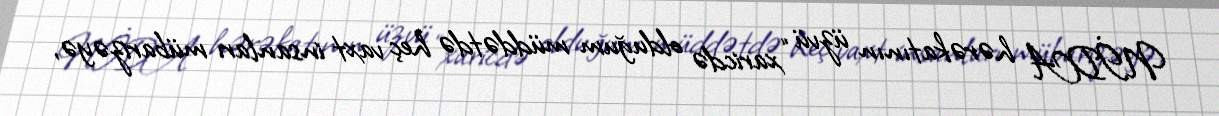
NİDA hərəkatının üzvü “xaricdə olduğum müddətdə heç vaxt insanları mübarizəyə,